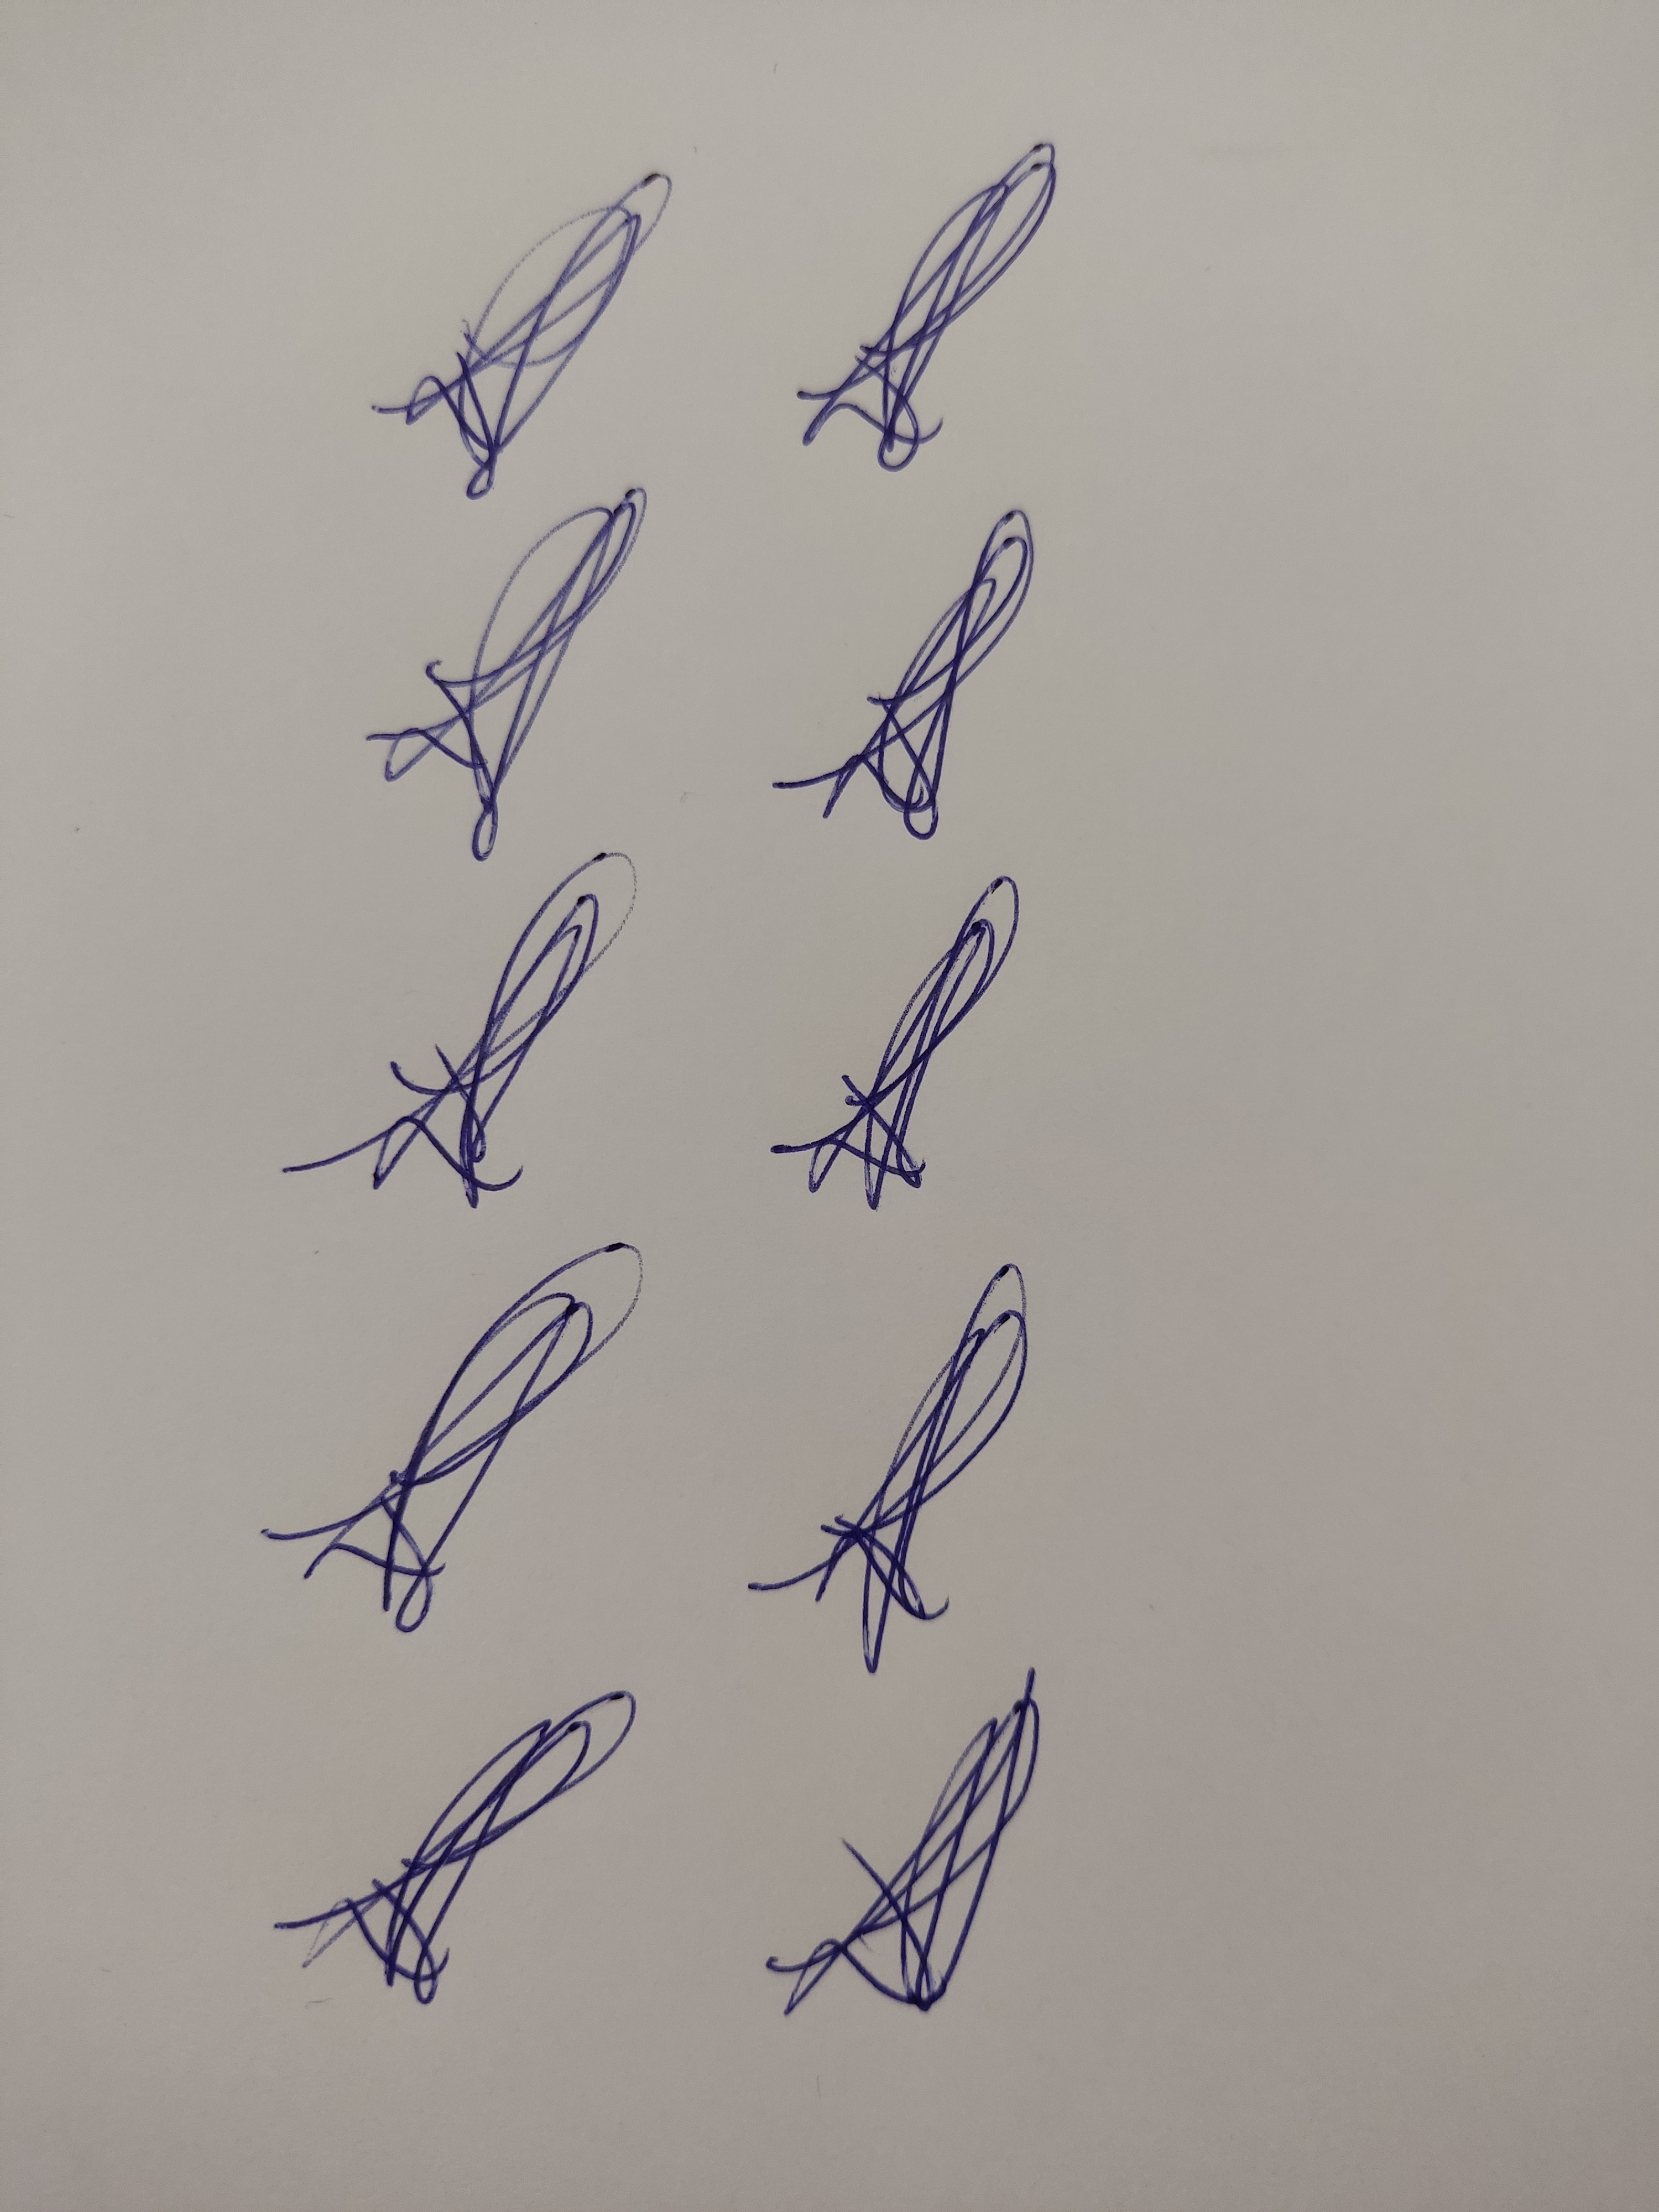
Signature authenticity: genuine